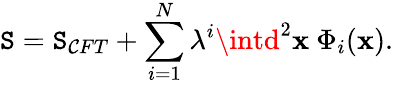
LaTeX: \mathtt{S}=\mathtt{S}_{\mathcal{C}FT}+\sum_{i=1}^{N}\lambda^{i}\intd^{2}\mathbf{x}\ \Phi_{i}(\mathbf{x}).